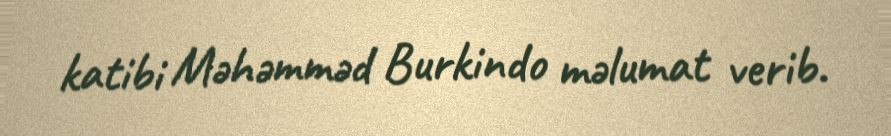
katibi Məhəmməd Burkindo məlumat verib.